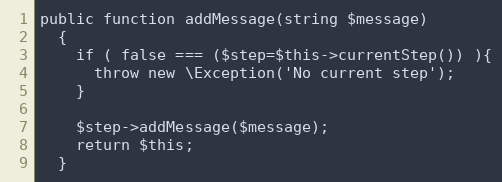
Language: PHP
public function addMessage(string $message)
  {
    if ( false === ($step=$this->currentStep()) ){
      throw new \Exception('No current step');
    }

    $step->addMessage($message);
    return $this;
  }